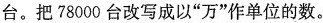
台。把78000台改写成以”万”作单位的数。